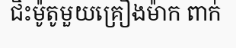
ជិះម៉ូតូមួយគ្រឿងម៉ាក ពាក់